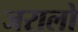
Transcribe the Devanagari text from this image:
जरालो